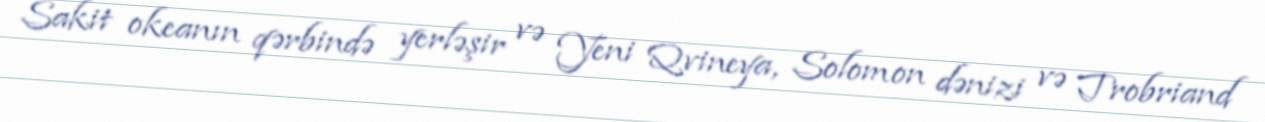
Sakit okeanın qərbində yerləşir və Yeni Qvineya, Solomon dənizi və Trobriand